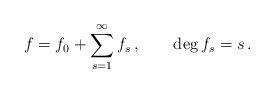
LaTeX: \begin{align*}f=f_0+\sum_{s=1}^\infty f_s\,,\qquad \deg{f_s}=s\,.\end{align*}